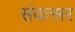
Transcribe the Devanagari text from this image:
संवत्‍सर